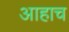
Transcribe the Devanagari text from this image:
आहाच